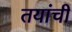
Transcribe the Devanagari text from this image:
तयांची